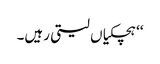
‘‘ ہچکیاں لیتی رہیں۔